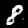
Digit: 8